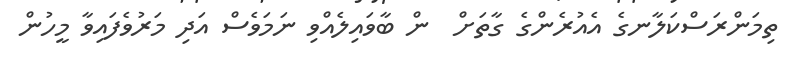
ތިމަންރަސްކަލާނގެ އެއުރެންގެ ގާތަށް  ން ބާވައިލެއްވި ނަމަވެސް އަދި މަރުވެފައިވާ މީހުން